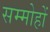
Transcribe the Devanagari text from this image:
सम्मोहों